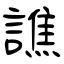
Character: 譙